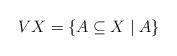
LaTeX: \begin{align*} V X=\{A\subseteq X\mid A\}\end{align*}